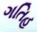
ગતિહ